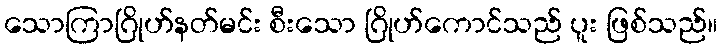
သောကြာဂြိုဟ်နတ်မင်း စီးသော ဂြိုဟ်ကောင်သည် ပူး ဖြစ်သည်။